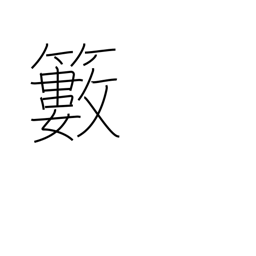
Meaning: bush